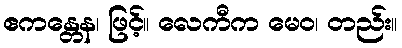
ဧကန္တေန၊ ဖြင့်။ လေကီက မေဝ၊ တည်း။